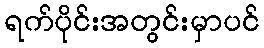
ရက်ပိုင်းအတွင်းမှာပင်